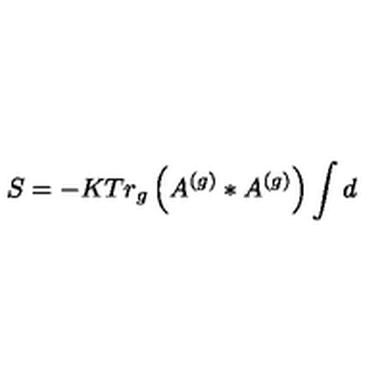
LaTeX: S = - K T r _ { g } \left( A ^ { \left( g \right) } \ast A ^ { \left( g \right) } \right) \int d